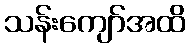
သန်းကျော်အထိ